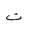
Letter: _ta